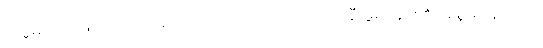
အစွမ်းအားဖြင့်။ ဝါ၊ ထင်ရှားမရှိသော ဂုဏ်ကျေးဇူးကို ချီးမွမ်းခြင်း၏ အစွမ်းအားဖြင့်။